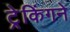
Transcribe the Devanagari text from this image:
ट्रेकिंगने